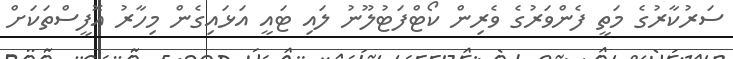
ސަރުކާރުގެ މަތީ ފެންވަރުގެ ވެރިން ކޯޓްފަޓުލޫނު ލައި ޓައީ އަޅައިގެން މިހާރު އޮފީސްތަކަށް